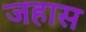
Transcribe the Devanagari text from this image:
जहास